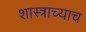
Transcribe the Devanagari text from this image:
शास्त्राच्याच